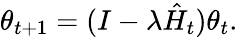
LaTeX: \theta_{t+1}=(I-\lambda\hat{H}_{t})\theta_{t}.